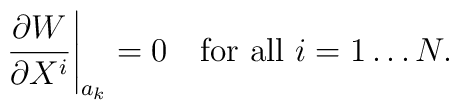
\frac{\partial W}{\partial X^{i}}\Bigg| _{a_{k}}=0 \quad\hbox{for all } i=1\dots N.